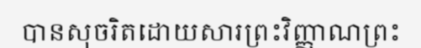
បានសុចរិតដោយសារព្រះវិញ្ញាណព្រះ